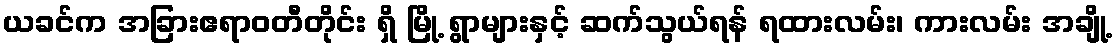
ယခင်က အခြားဧရာဝတီတိုင်း ရှိ မြို့ ရွာများနှင့် ဆက်သွယ်ရန် ရထားလမ်း၊ ကားလမ်း အချို့